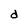
Character: d